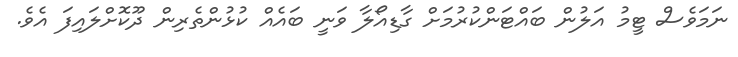
ނަމަވެސް ޓީމު އަލުން ބައްޓަންކުރުމަށް ގާޑިއޯލާ ވަނީ ބައެއް ކުޅުންތެރިން ދޫކޮށްލައިފަ އެވެ.